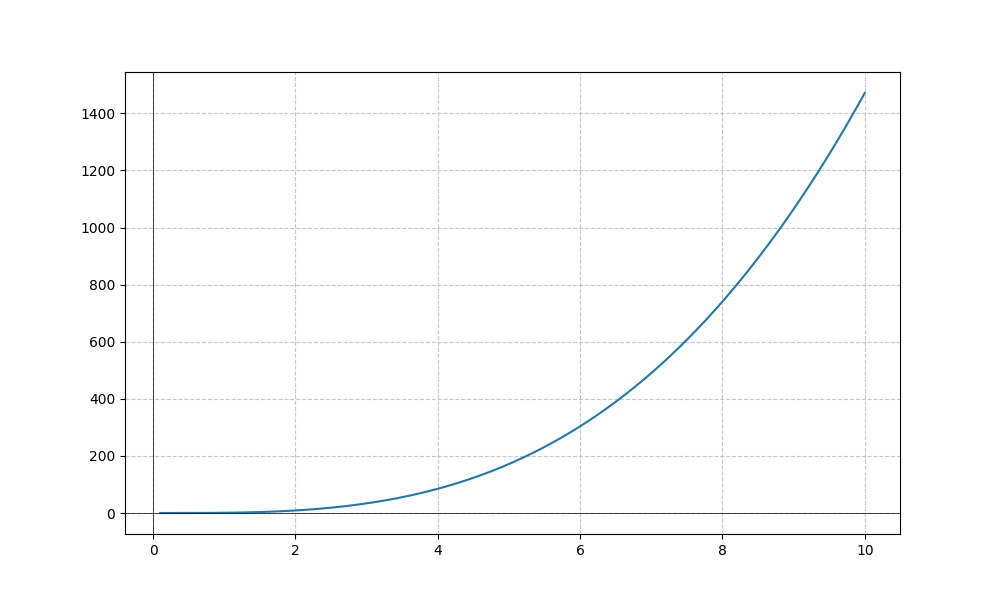
LaTeX formula: x^{3} \operatorname{atan}{\left(x \right)}